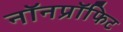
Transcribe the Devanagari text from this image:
नॉनप्रॉफिट